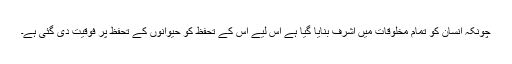
چونکہ انسان کو تمام مخلوقات میں اشرف بنایا گیا ہے اس لیے اس کے تحفظ کو حیوانوں کے تحفظ پر فوقیت دی گئی ہے۔